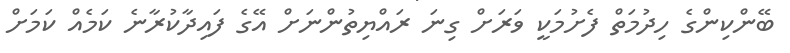
ބޭންކިންގެ ހިދުމަތް ފެށުމަކީ ވަރަށް ގިނަ ރައްޔިތުންނަށް އޭގެ ފައިދާކުރާނެ ކަމެއް ކަމަށް